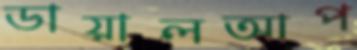
ডায়ালআপ